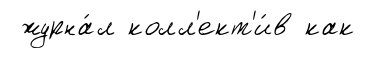
журна́л колл'ект'и́в как